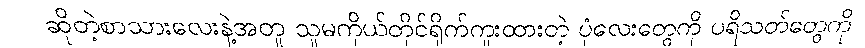
ဆိုတဲ့စာသားလေးနဲ့အတူ သူမကိုယ်တိုင်ရိုက်ကူးထားတဲ့ ပုံလေးတွေကို ပရိသတ်တွေကို